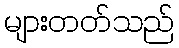
များတတ်သည်